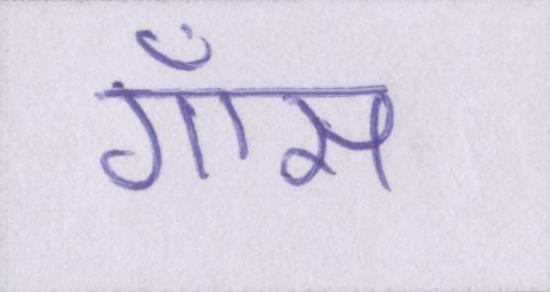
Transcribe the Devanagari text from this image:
गॉस